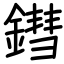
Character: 鏏